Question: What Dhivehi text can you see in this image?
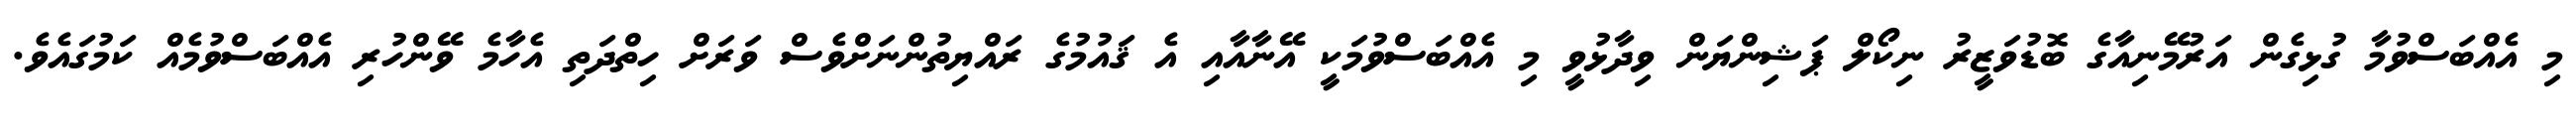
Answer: މި އެއްބަސްވުމާ ގުޅިގެން އަރުމޭނިއާގެ ބޮޑުވަޒީރު ނިކޯލް ޕަޝިންޔަން ވިދާޅުވީ މި އެއްބަސްވުމަކީ އޭނާއާއި އެ ޤައުމުގެ ރައްޔިތުންނަށްވެސް ވަރަށް ހިތްދަތި އެހާމެ ވޭންހުރި އެއްބަސްވުމެއް ކަމުގައެވެ.